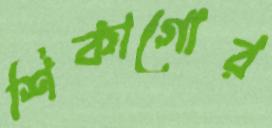
শিকাগোর